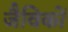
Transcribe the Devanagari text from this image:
जैविकों